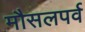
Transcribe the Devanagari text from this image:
मौसलपर्व